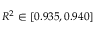
R ^ { 2 } \in [ 0 . 9 3 5 , 0 . 9 4 0 ]